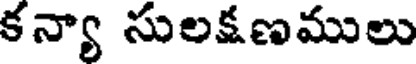
కన్యా సులక్షణములు